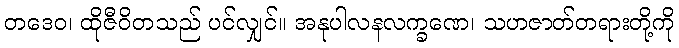
တဒေဝ၊ ထိုဇီဝိတသည် ပင်လျှင်။ အနုပါလနလက္ခဏေ၊ သဟဇာတ်တရားတို့ကို